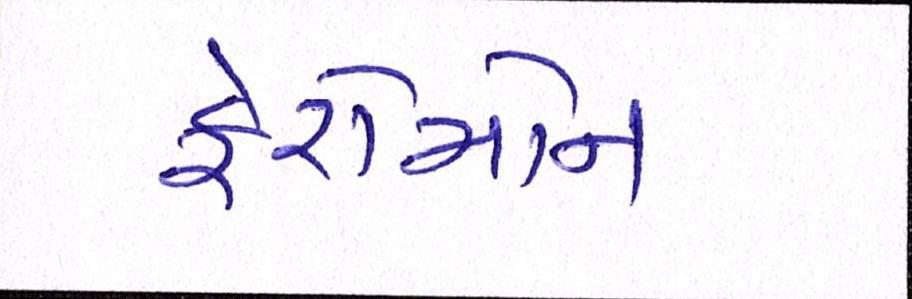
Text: ફેરોમોન